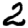
Digit: 2